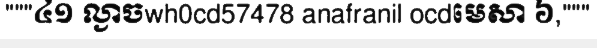
"""៤១ ល្ងាចwh0cd57478 anafranil ocdមេសា ៦,"""